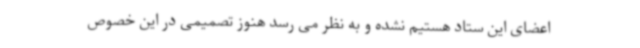
اعضای این ستاد هستیم نشده و به نظر می رسد هنوز تصمیمی در این خصوص